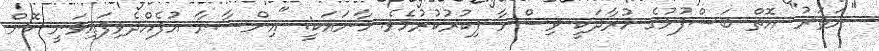
"ނަޡަރު" އޮތް ބަސްފުޅުގެ މުރާދަކީ ވިސްނާ ފިކުރުކުރުމެވެ. މާނައަކީ: "އިންސާނާ އުފެއްދެވިފައިވަނީ ކޮން